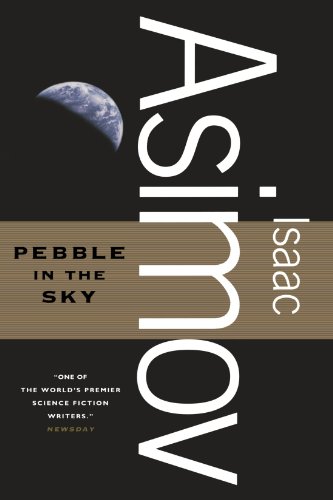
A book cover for Pebble in the Sky; Isaac Asimov; Science Fiction & Fantasy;